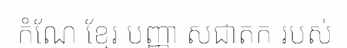
កំណែ ខ្មែរ បញ្ញា សជាតក របស់